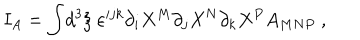
I _ { A } = \int \! d ^ { 3 } \xi \; \varepsilon ^ { i j k } \partial _ { i } X ^ { M } \partial _ { j } X ^ { N } \partial _ { k } X ^ { P } A _ { M N P } \ ,